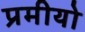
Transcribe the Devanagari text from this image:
प्रमीयो